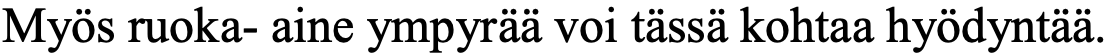
Myös ruoka- aine ympyrää voi tässä kohtaa hyödyntää.